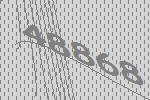
48868